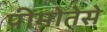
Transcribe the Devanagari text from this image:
पीमोतेसे